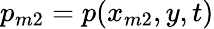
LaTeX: p_{m2}=p(x_{m2},y,t)